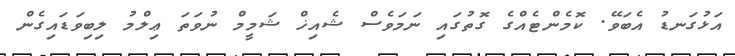
އަޅުގަނޑު އެބަވޭ. ކޮމެންޓެއްގެ ގޮތުގައި ނަމަވެސް ޝެއިޚް ޝަމީމް ނުވަތަ ޢިލްމު ލިބިވަޑައިގެން